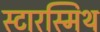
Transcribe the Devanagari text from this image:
स्टारस्मिथ